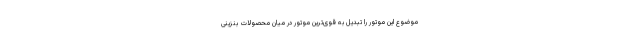
موضوع این موتور را تبدیل به قوی‌ترین موتور در میان محصولات بنزینی